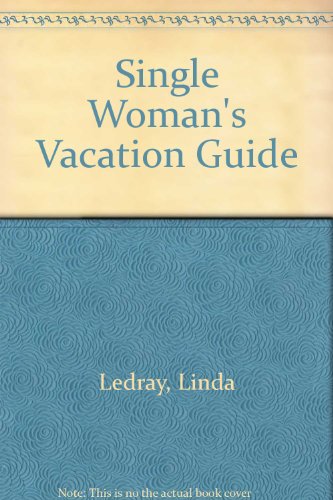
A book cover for The Single Woman's Vacation Guide; LINDA LEDRAY; Travel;